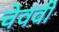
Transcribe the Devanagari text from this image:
चेववी